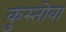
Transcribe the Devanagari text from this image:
कुस्तोवा